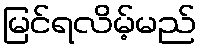
မြင်ရလိမ့်မည်